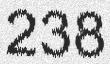
238